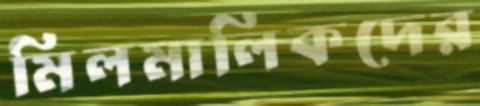
মিলমালিকদের